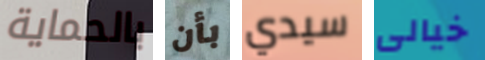
بالحماية بأن سيدي خيالى